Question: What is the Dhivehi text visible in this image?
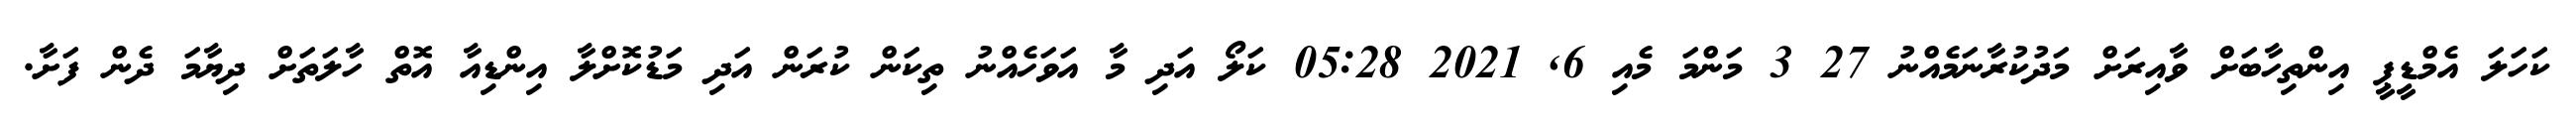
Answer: ކަހަލަ އެމްޑީޕީ އިންތިހާބަށް ވާއިރަށް މަދުކުރާނަމެއްނު 27 3 މަންމަ މެއި 6, 2021 05:28 ކަލޯ އަދި މާ އަވަހެއްނު ތިކަން ކުރަން އަދި މަޑުކޮށްލާ އިންޑިއާ އޮތް ހާލަތަށް ދިޔާމަ ދެން ފަށާ.